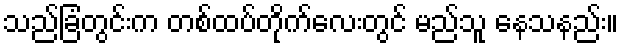
သည်ခြံတွင်းက တစ်ထပ်တိုက်လေးတွင် မည်သူ နေသနည်း။